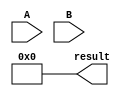
module Booth_Multiplier (
    input [7:0] A,
    input [7:0] B,
    output reg [15:0] result
);

reg [7:0] A_extended;
reg [7:0] B_extended;
reg [15:0] partial_product;
reg [15:0] accumulator;

initial begin
    A_extended = {8'b0, A};
    B_extended = {8'b0, B};
    partial_product = 16'b0;
    accumulator = 16'b0;
    result = 16'b0;
end

always @ (*) begin
    case (accumulator[1:0])
        2'b00: partial_product = 16'b0;
        2'b01: partial_product = A_extended;
        2'b10: partial_product = -A_extended;
        2'b11: partial_product = 16'b0;
    endcase
end

always @ (*) begin
    case (accumulator[15:14])
        2'b00: accumulator = {partial_product, 16'b0};
        2'b01: accumulator = accumulator + {partial_product, 16'b0};
        2'b10: accumulator = accumulator - {partial_product, 16'b0};
        2'b11: accumulator = {accumulator[15], accumulator[15:1]};
    endcase
end

assign result = accumulator;

endmodule